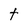
Character: t